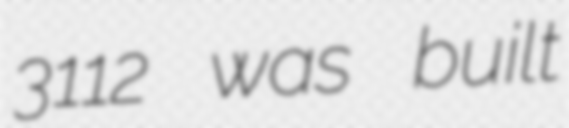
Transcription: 3112 was built